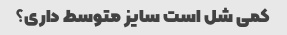
کمی شل است سایز متوسط ​​داری؟